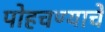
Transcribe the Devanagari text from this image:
पोहचण्याचे